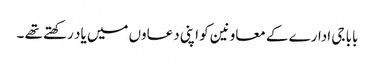
بابا جی ادارے کے معاونین کو اپنی دعاوں میں یاد رکھتے تھے ۔